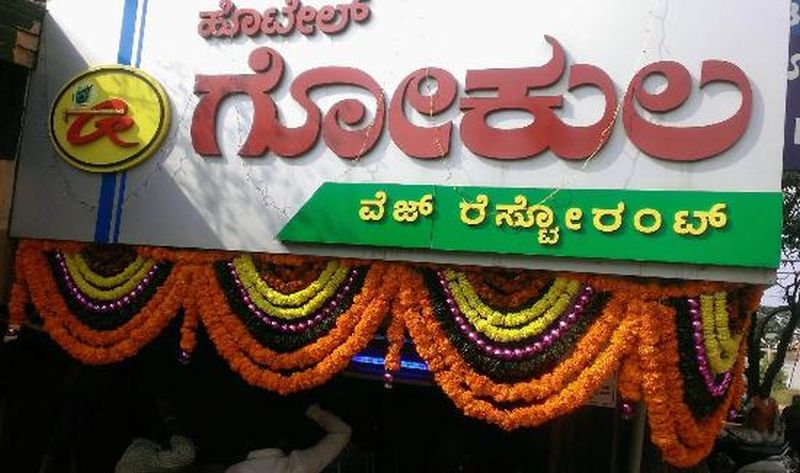
Language: kannada
Transcription: ವೆಜ್ ಗೋಕುಲ ರೆಸ್ಟೋರಂಟ್